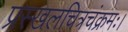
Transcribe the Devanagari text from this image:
प्रस्खलचित्रचंक्रमः।